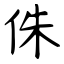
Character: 侏